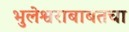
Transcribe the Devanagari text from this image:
भुलेश्वराबाबतचा